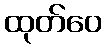
ထုတ်ဝေ